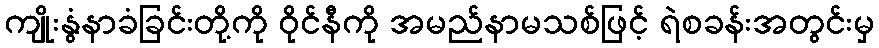
ကျိုးနွံနာခံခြင်းတို့ကို ဝိုင်နီကို အမည်နာမသစ်ဖြင့် ရဲစခန်းအတွင်းမှ